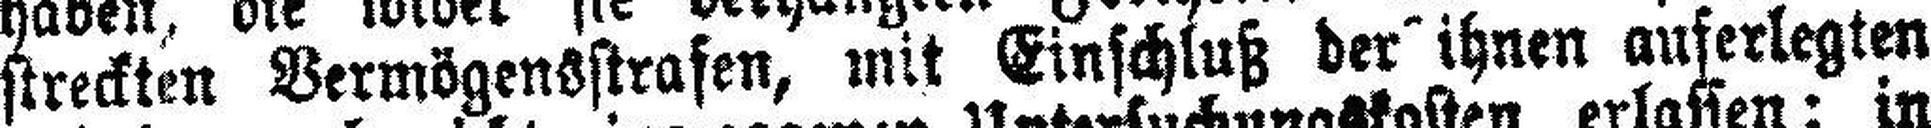
streckten Vermögensstrafen, mit Einschluß der ihnen auferlegten